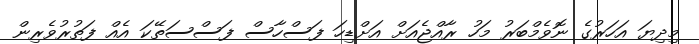
މިދިޔަ އަހަރުގެ ނޮވެމްބަރު މަހު ރާއްޖެއަށް އަށްޑިހަ ފަސްހާސް ފަސްސަތޭކަ އެއް ފަތުރުވެރިން